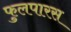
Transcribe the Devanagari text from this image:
फुलपारस